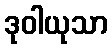
ဒုဝါယုသာ